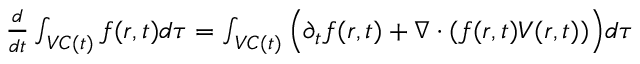
\begin{array} { r } { \frac { d } { d t } \int _ { V C ( t ) } f ( r , t ) d \tau = \int _ { V C ( t ) } \Big ( \partial _ { t } f ( r , t ) + \nabla \cdot ( f ( r , t ) V ( r , t ) ) \Big ) d \tau } \end{array}